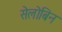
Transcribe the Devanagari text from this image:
सेलोबिन